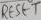
Text: RESET